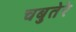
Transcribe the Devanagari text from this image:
चबुतेरे